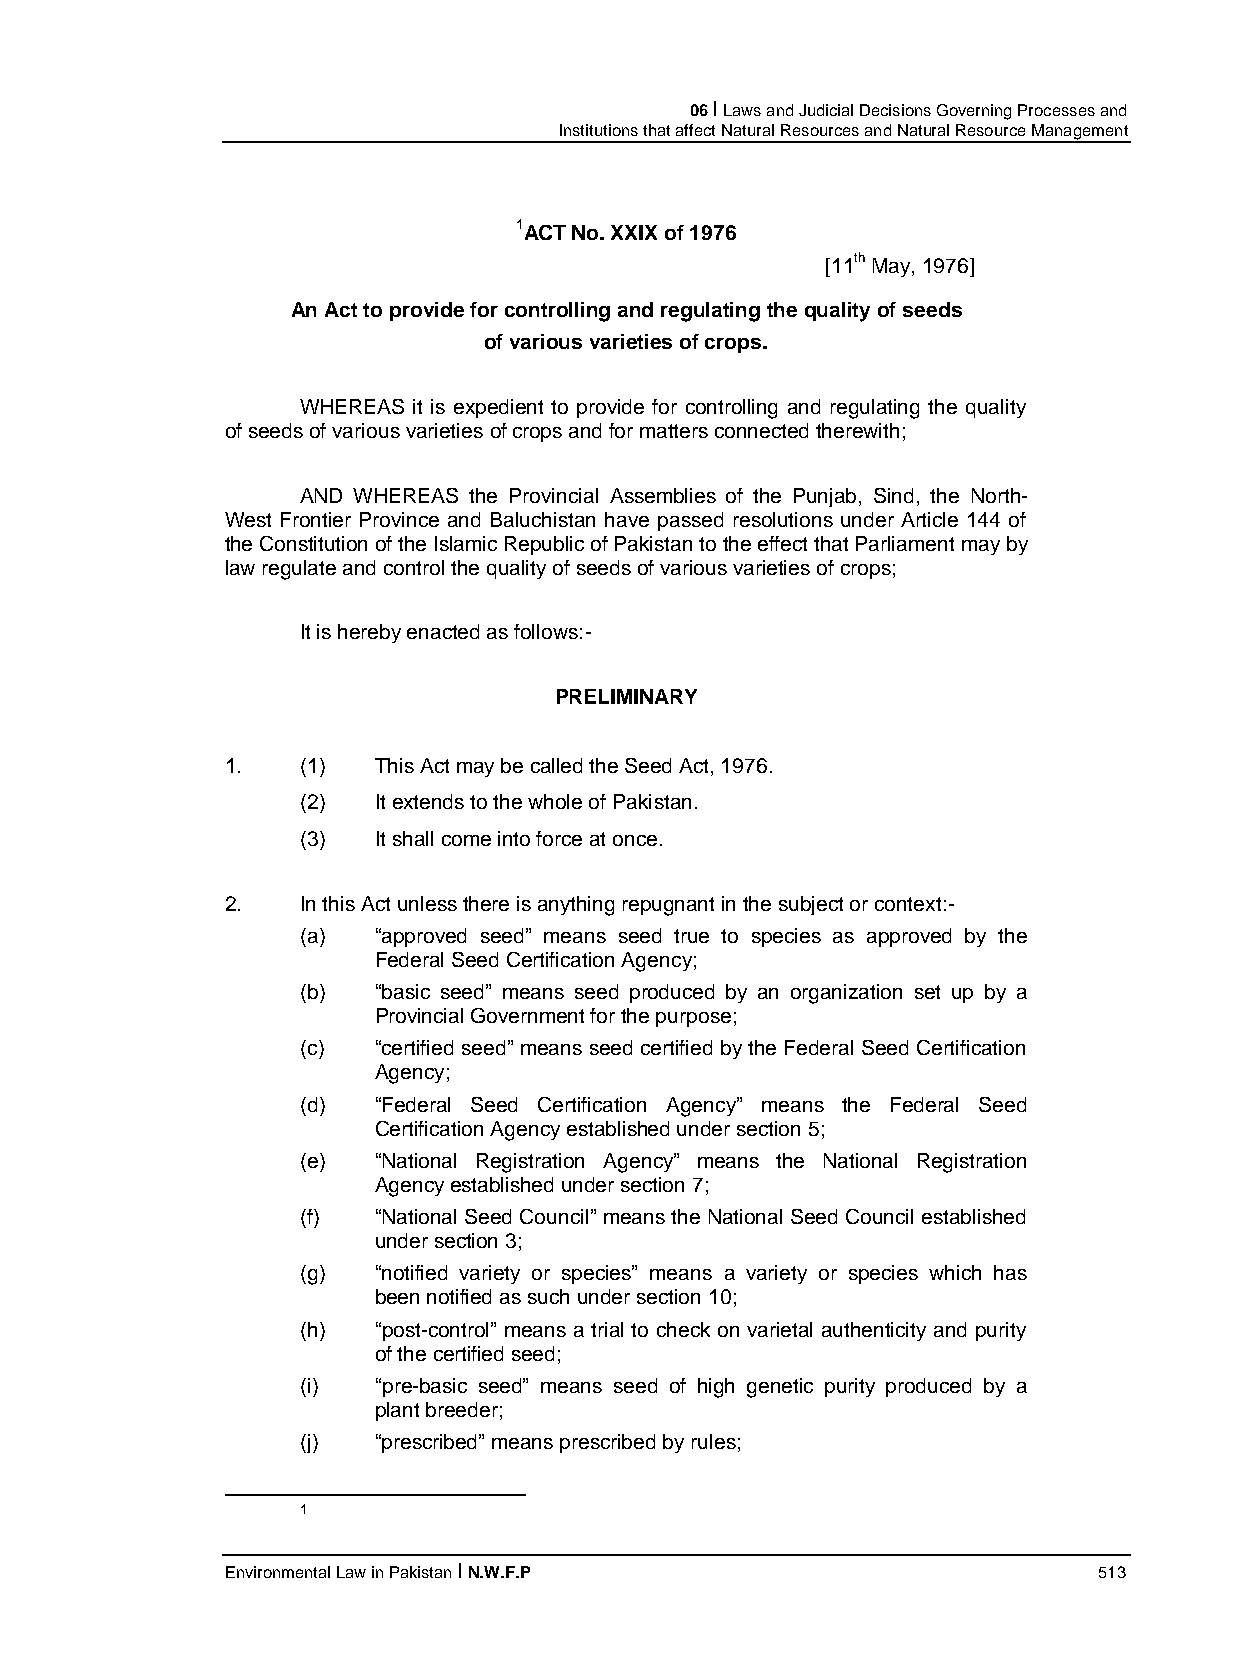
06 I Laws and Judicial Decisions Governing Processes and
 Institutions that affect Natural Resources and Natural Resource Management
 1ACT No. XXIX of 1976
 [11th May, 1976]
 An Act to provide for controlling and regulating the quality of seeds
 of various varieties of crops.
 WHEREAS it is expedient to provide for controlling and regulating the quality
 of seeds of various varieties of crops and for matters connected therewith;
 AND WHEREAS the Provincial Assemblies of the Punjab, Sind, the North-
 West Frontier Province and Baluchistan have passed resolutions under Article 144 of
 the Constitution of the Islamic Republic of Pakistan to the effect that Parliament may by
 law regulate and control the quality of seeds of various varieties of crops;
 It is hereby enacted as follows:-
 PRELIMINARY
 1.   (1)  This Act may be called the Seed Act, 1976.
 (2)  It extends to the whole of Pakistan.
 (3)  It shall come into force at once.
 2.   In this Act unless there is anything repugnant in the subject or context:-
 (a)  “approved seed” means seed true to species as approved by the
 Federal Seed Certification Agency;
 (b)  “basic seed” means seed produced by an organization set up by a
 Provincial Government for the purpose;
 (c)  “certified seed” means seed certified by the Federal Seed Certification
 Agency;
 (d)  “Federal Seed Certification Agency” means the Federal Seed
 Certification Agency established under section 5;
 (e)  “National Registration Agency” means the National Registration
 Agency established under section 7;
 (f)  “National Seed Council” means the National Seed Council established
 under section 3;
 (g)  “notified variety or species” means a variety or species which has
 been notified as such under section 10;
 (h)  “post-control” means a trial to check on varietal authenticity and purity
 of the certified seed;
 (i)  “pre-basic seed” means seed of high genetic purity produced by a
 plant breeder;
 (j)  “prescribed” means prescribed by rules;
 1
 Environmental Law in Pakistan I N.W.F.P                   513